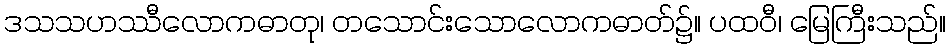
ဒသသဟဿီလောကဓာတု၊ တသောင်းသောလောကဓာတ်၌။ ပထဝီ၊ မြေကြီးသည်။